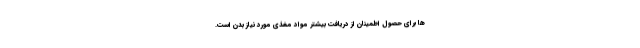
ها برای حصول اطمینان از دریافت بیشتر مواد مغذی مورد نیاز بدن است.